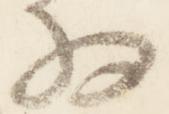
将